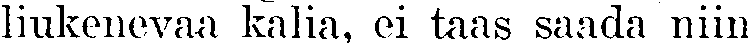
liukenevaa kalia, ei taas saada niin